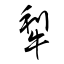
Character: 犁